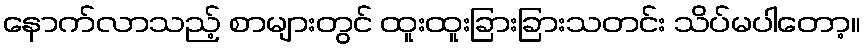
နောက်လာသည့် စာများတွင် ထူးထူးခြားခြားသတင်း သိပ်မပါတော့။